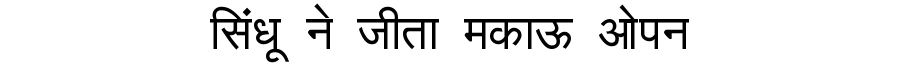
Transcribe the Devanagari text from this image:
सिंधू ने जीता मकाऊ ओपन